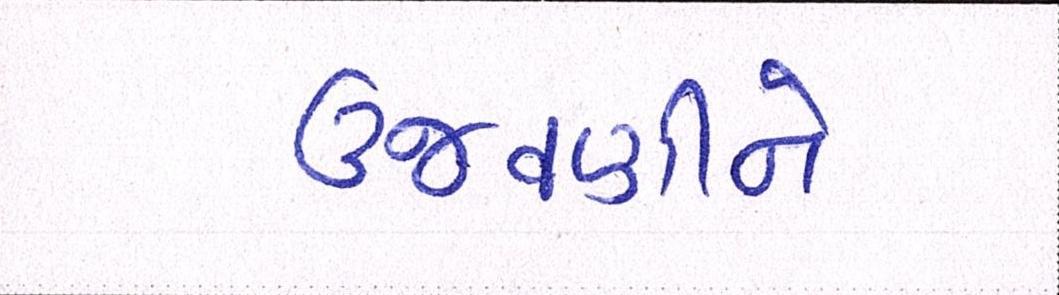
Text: ઉજવણીને